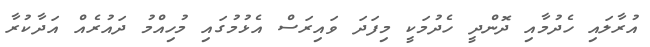
އުރާލައި ހެދުމާއި ދޮންދީ ހެދުމަކީ މިފަދަ ވައިރަސް އެޅުމުގައި މުހިއްމު ދައުރެއް އަދާކުރާ